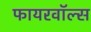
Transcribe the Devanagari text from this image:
फायरवॉल्स